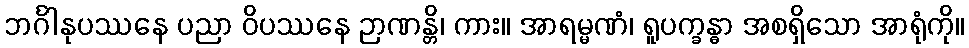
ဘင်္ဂါနုပဿနေ ပညာ ဝိပဿနေ ဉာဏန္တိ၊ ကား။ အာရမ္မဏံ၊ ရူပက္ခန္ဓာ အစရှိသော အာရုံကို။